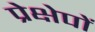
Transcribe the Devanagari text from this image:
प्रेक्षेपों